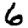
Digit: 6